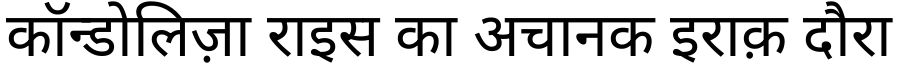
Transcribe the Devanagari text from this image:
कॉन्डोलिज़ा राइस का अचानक इराक़ दौरा